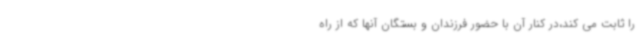
را ثابت می کند،در کنار آن با حضور فرزندان و بستگان آنها که از راه